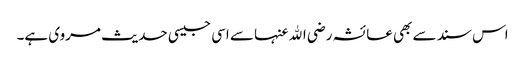
اس سند سے بھی عائشہ رضی الله عنہا سے اسی جیسی حدیث مروی ہے۔